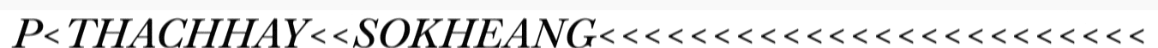
P<THACHHAY<<SOKHEANG<<<<<<<<<<<<<<<<<<<<<<<<